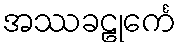
အဿခဠုင်္ကေ